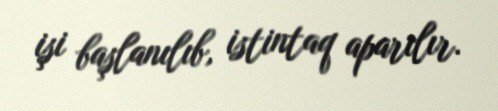
işi başlanılıb, istintaq aparılır.